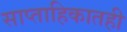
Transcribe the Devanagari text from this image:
साप्ताहिकातही